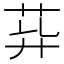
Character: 𦮁